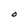
Character: O